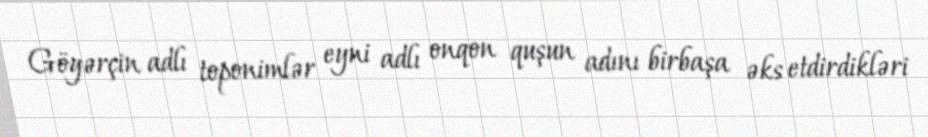
Göyərçin adlı toponimlər eyni adlı onqon quşun adını birbaşa əks etdirdikləri